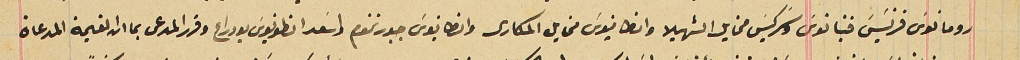
رومانوسَ فرنسَيسَ فنيانوسَ وسَركيسَ مخايل الشهيلا وانطانيوسَ مخايل المكارى وانطانيوسَ جبور تحوم واسَعد انطونيوسَ بو دراع وقرر المدعى بما ان القيمة المدعاة